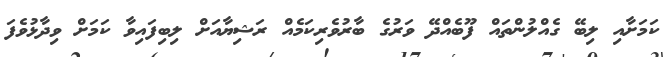
ކަމަށާއި ލިބޭ ގެއްލުންތައް ފޫބެއްދޭ ވަރުގެ ބާރުވެެރިކަމެއް ރަޝިޔާއަށް ލިބިފައިވާ ކަމަށް ވިދާޅުވެފަ